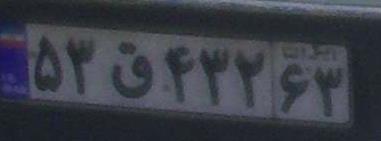
۵۳ق۴۳۲۶۳